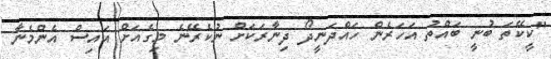
"ކީކޭތަ ބުނީ ބައްތު އަހަރެން ހައްދަނީދޯ ދިނާރަކަށް ނުކެރޭނެ މިގެއަށް އައިސް އެންމެނާ